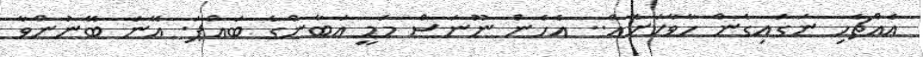
އެއްޗެހި ނަގައިގެން ހާވާކަށެއް.. އެހެން ނޫނަސް މަމީ އަބާންގެ ބައްޕަ. އޭނަ ބޭނުންވާ